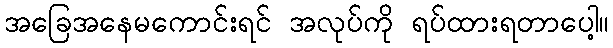
အခြေအနေမကောင်းရင် အလုပ်ကို ရပ်ထားရတာပေါ့။